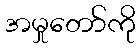
အမှုတော်ကို